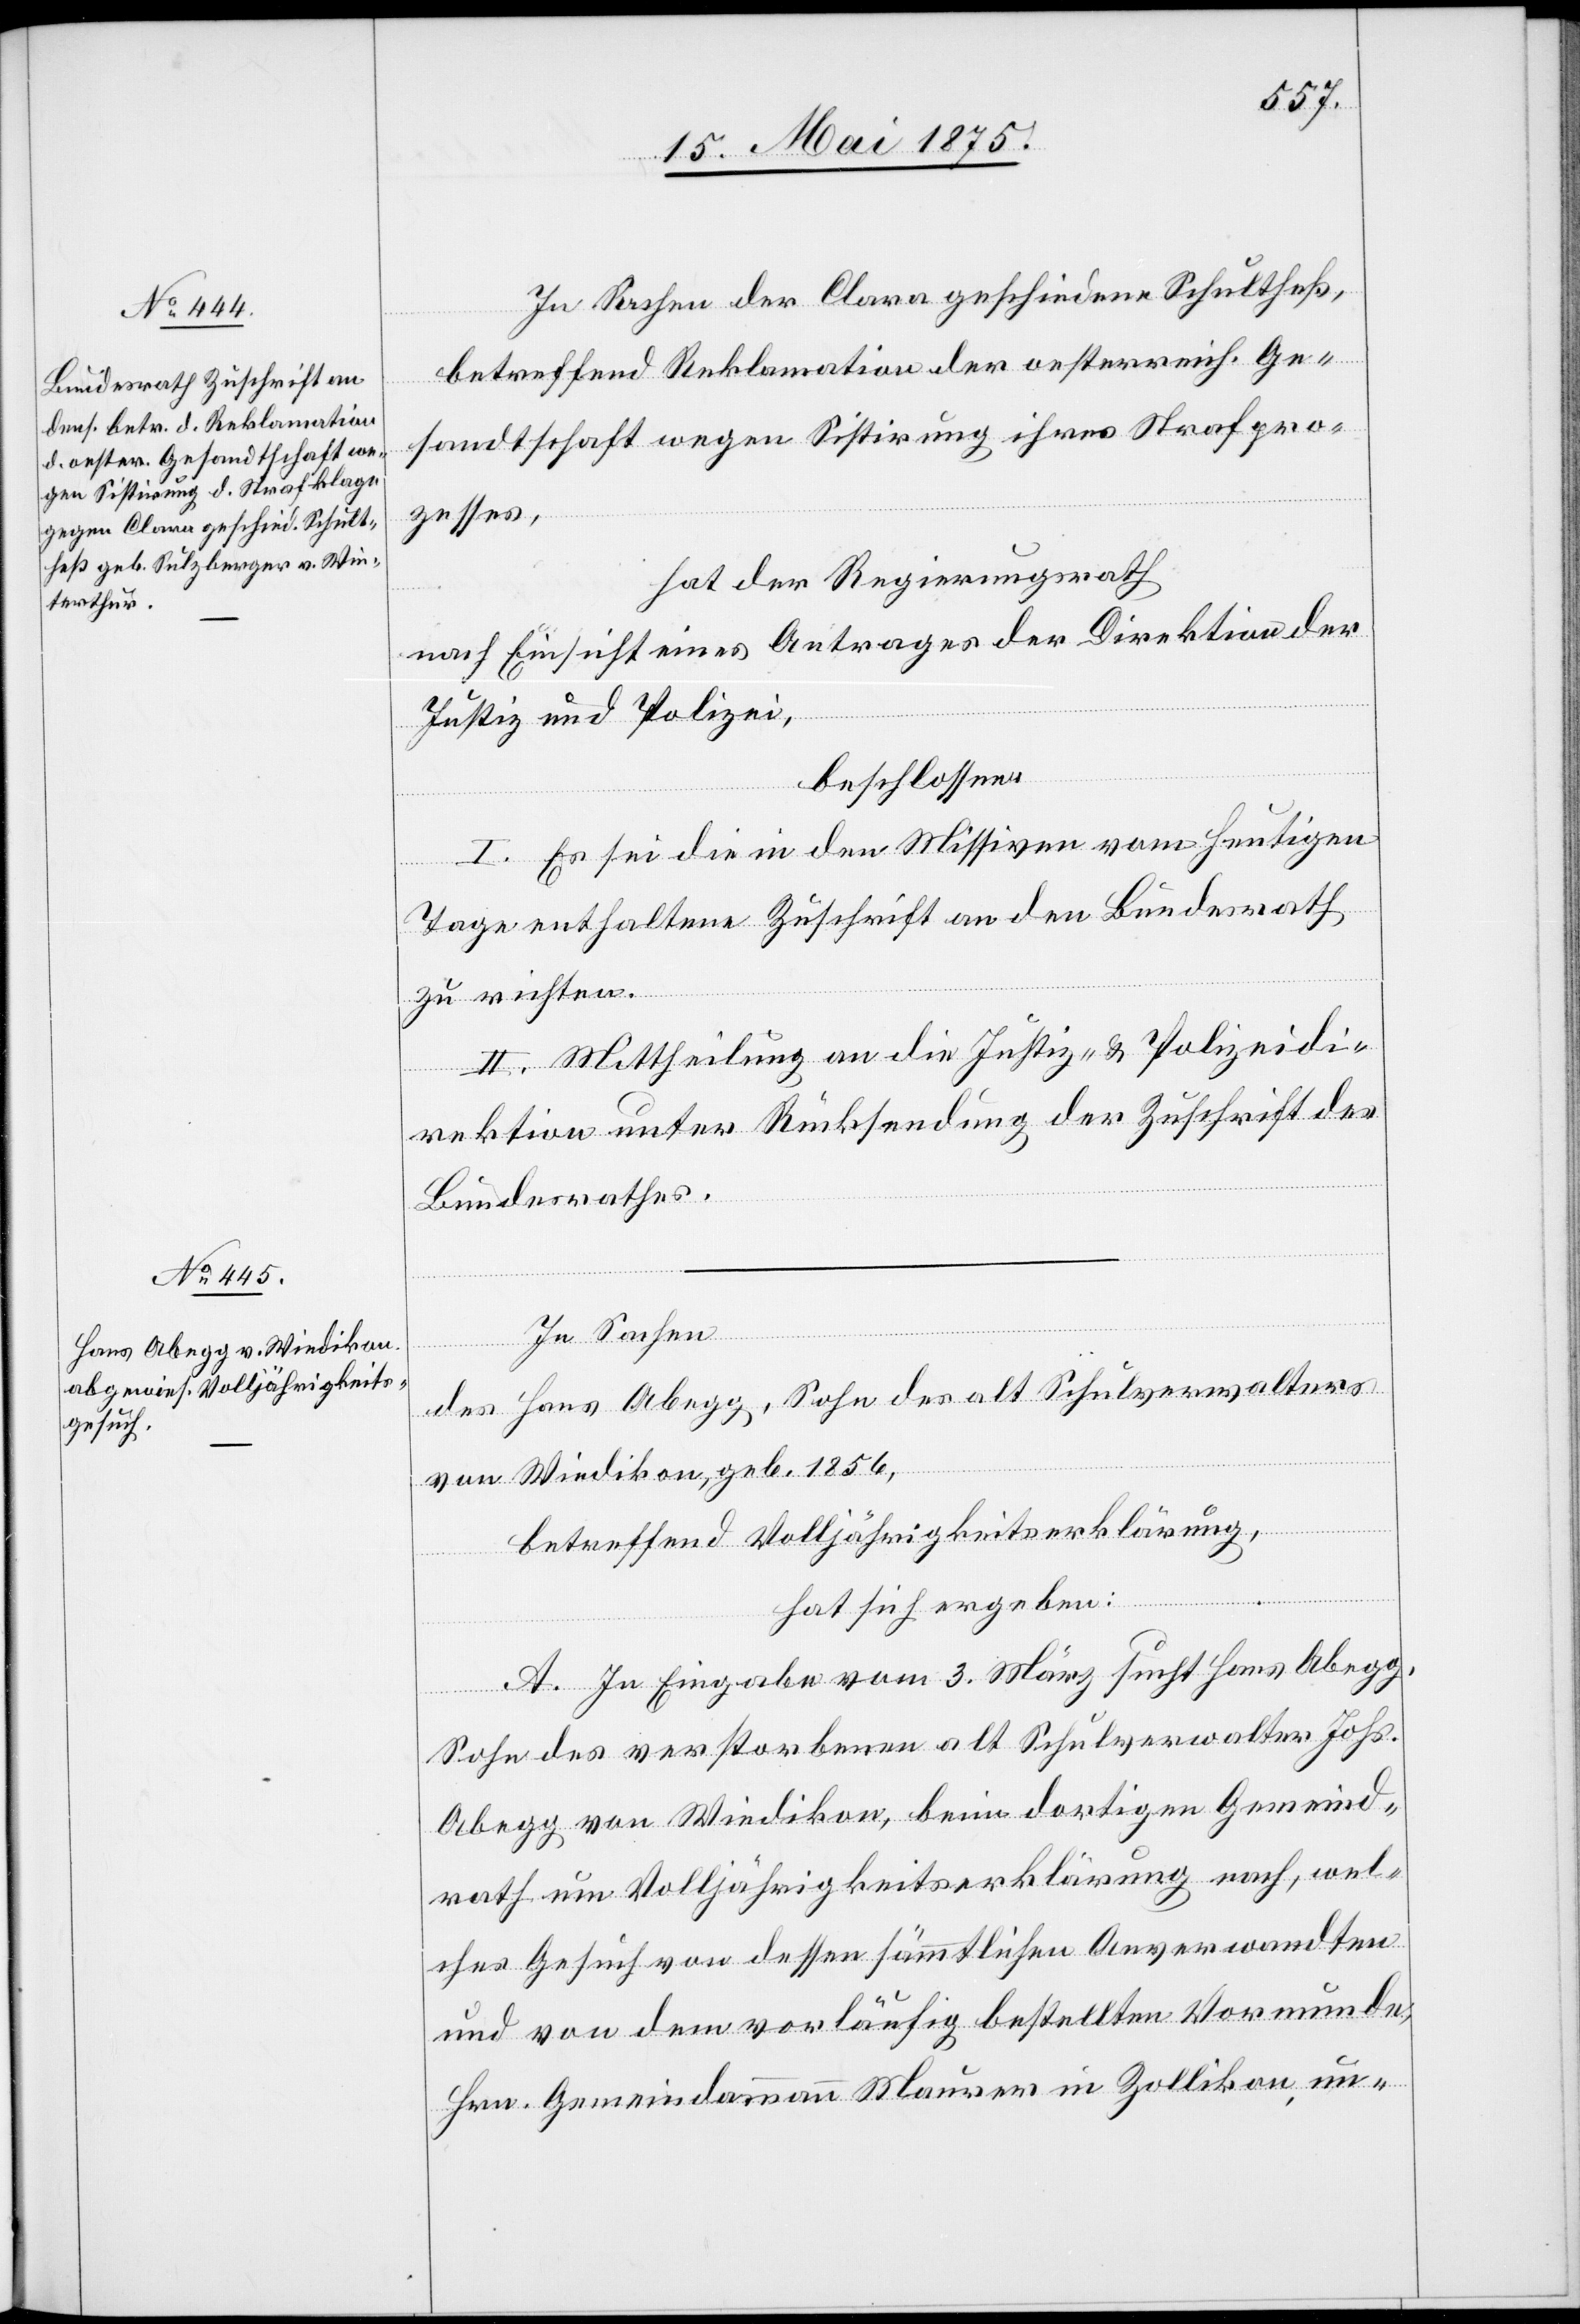
In Sachen der Clara geschiedene Schultheß,
betreffend Reklamation der oesterreich. Ge¬
sandtschaft wegen Sistirung ihres Strafpro¬
zesses,
hat der Regierungsrath,
nach Einsicht eines Antrages der Direktion der
Justiz und Polizei,
beschlossen:
I. Es sei die in den Missiven vom heutigen
Tage enthaltene Zuschrift an den Bundesrath
zu richten.
II. Mittheilung an die Justiz- & Polizeidi¬
rektion unter Rücksendung der Zuschrift des
Bundesrathes.
In Sachen
des Hans Abegg, Sohn des alt Schulverwalters
von Wiedikon, geb. 1856,
betreffend Volljährigkeitserklärung,
hat sich ergeben:
A. In Eingabe vom 3. März sucht Hans Abegg,
Sohn des verstorbenen alt Schulverwalter Johs.
Abegg von Wiedikon, beim dortigen Gemeind¬
rath um Volljährigkeitserklärung nach, wel¬
ches Gesuch von dessen sämmtlichen Anverwandten
und von dem vorläufig bestellten Vormunde,
Hrn. Gemeindammann Mauerer in Zollikon un-